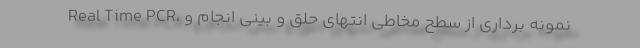
Real Time PCR، نمونه برداری از سطح مخاطی انتهای حلق و بینی انجام و